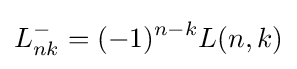
L_{nk}^{-}=(-1)^{n-k}L(n,k)